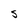
Character: S